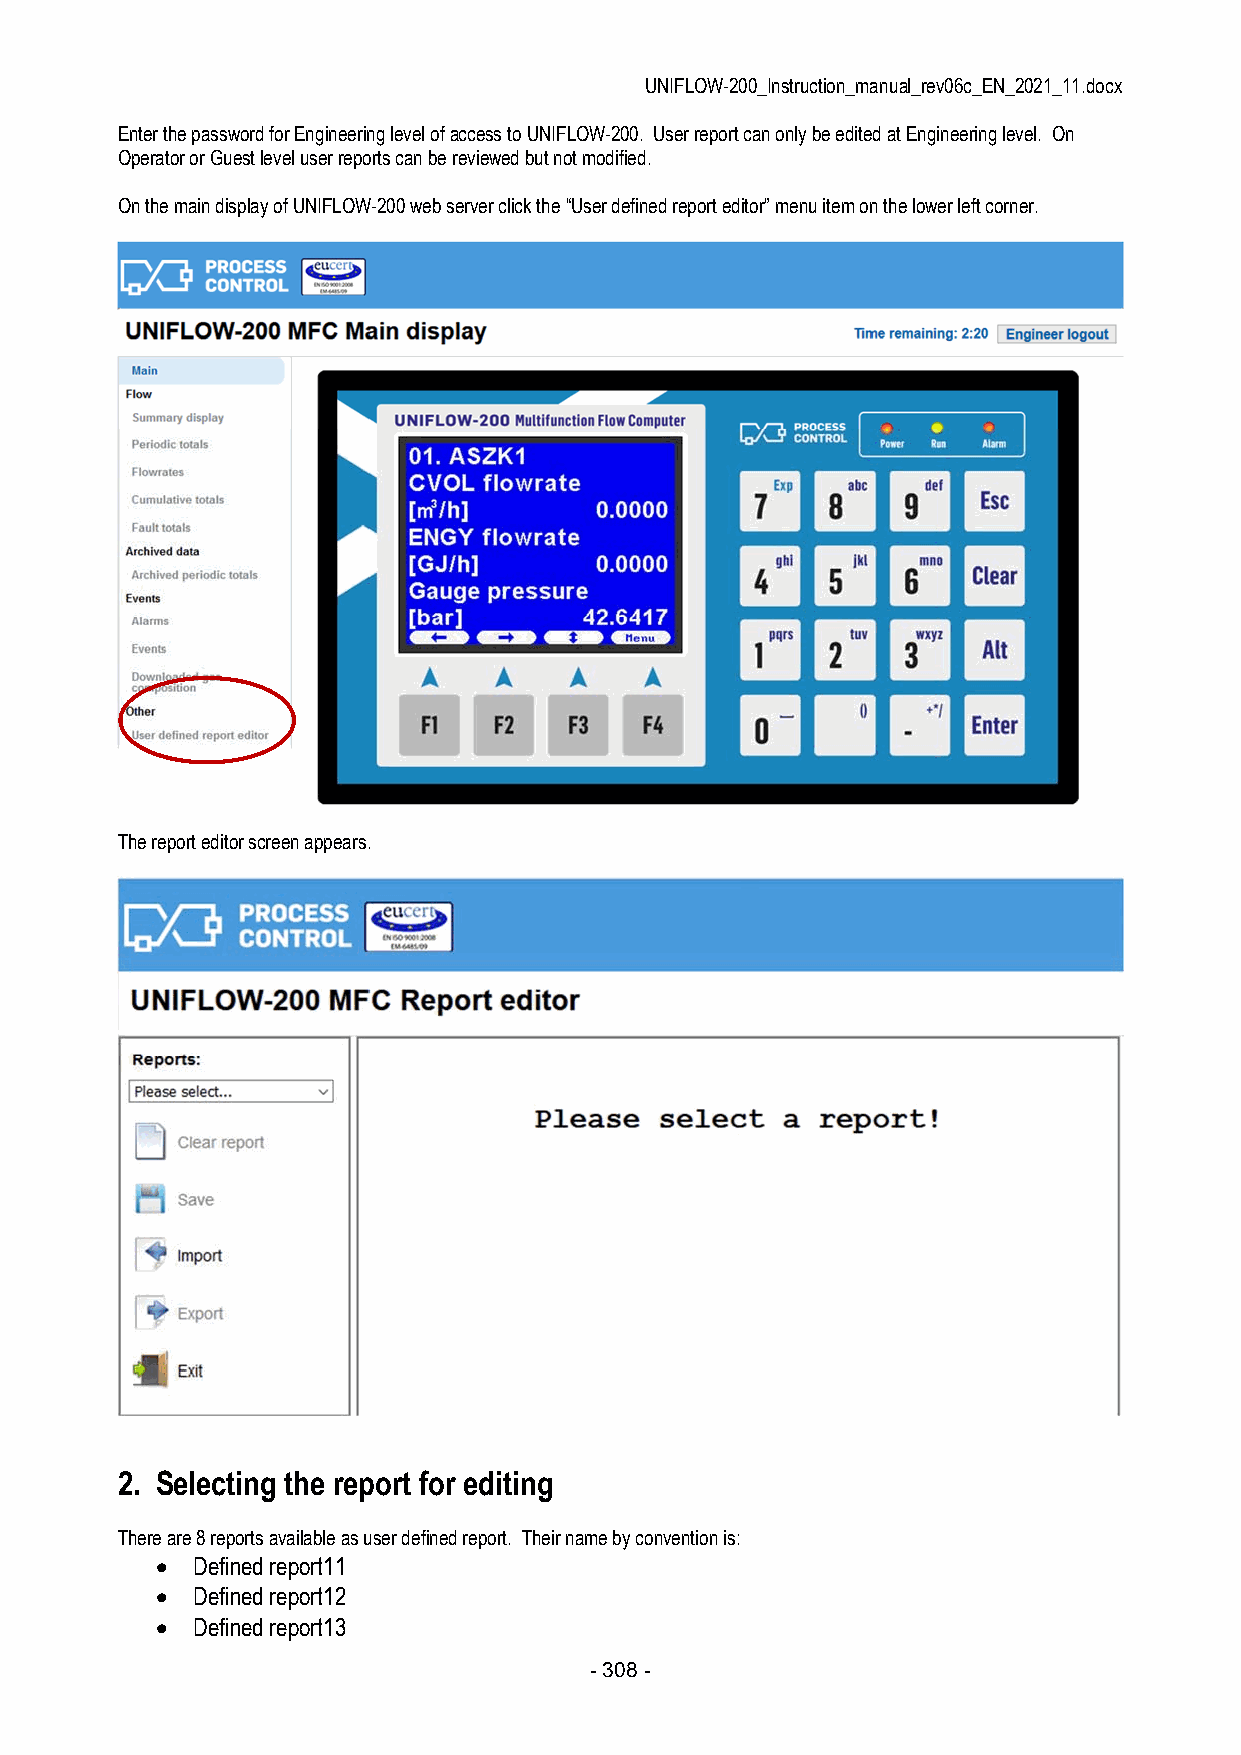
UNIFLOW-200_Instruction_manual_rev06c_EN_2021_11.docx
 Enter the password for Engineering level of access to UNIFLOW-200. User report can only be edited at Engineering level. On
 Operator or Guest level user reports can be reviewed but not modified.
 On the main display of UNIFLOW-200 web server click the “User defined report editor” menu item on the lower left corner.
 The report editor screen appears.
 2. Selecting the report for editing
 There are 8 reports available as user defined report. Their name by convention is:
   Defined report11
   Defined report12
   Defined report13
 - 308 -